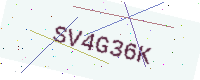
Text: SV4G36K